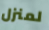
لمنزل